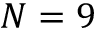
N = 9